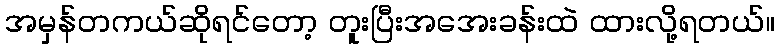
အမှန်တကယ်ဆိုရင်တော့ တူးပြီးအအေးခန်းထဲ ထားလို့ရတယ်။